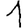
Digit: 1